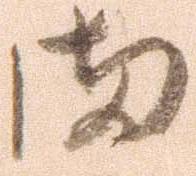
ま